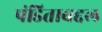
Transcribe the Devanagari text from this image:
पंडिताबद्दल